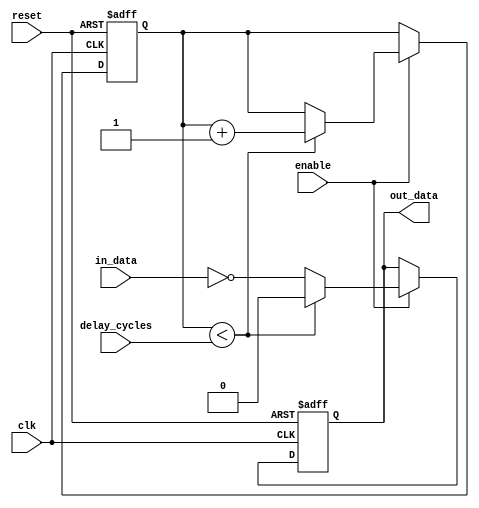
module NAND_Gate_Delay(
    input wire clk,
    input wire reset,
    input wire enable,
    input wire delay_cycles,
    input wire in_data,
    output reg out_data
);

reg [3:0] count;

always @(posedge clk or posedge reset) begin
    if(reset) begin
        count <= 4'b0000;
        out_data <= 1'b0;
    end
    else if(enable) begin
        if(count < delay_cycles) begin
            count <= count + 1;
            out_data <= 1'b0;
        end
        else begin
            out_data <= ~in_data;
        end
    end
end

endmodule